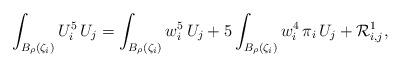
LaTeX: \begin{align*}\int_{B_\rho(\zeta_i)}U_i^5\,U_j&=\int_{B_\rho(\zeta_i)}w_i^5\,U_j+5\int_{B_\rho(\zeta_i)}w_i^4\,\pi_i\,U_j+\mathcal{R}_{i,j}^1,\end{align*}